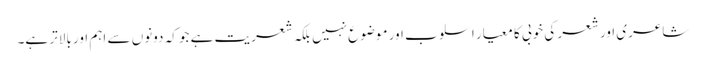
شاعری اور شعر کی خوبی کا معیار اسلوب اور موضوع نہیں بلکہ شعریت ہے جو کہ دونوں سے اہم اور بالاتر ہے۔